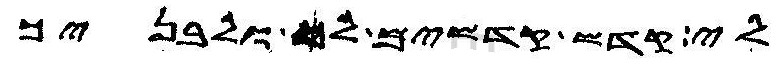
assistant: לי קדש קדשים לך הוא ולבניך